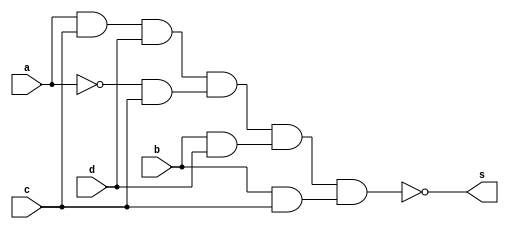
// Nome: Raphaela Fernanda Silva
// Matrcula: 420141

module simplQM ( s,a,b,c,d );

output s;
input a,b,c,d;
wire s1,s2,s3,s4,s5,s6,s7,s8,s9,s10;

nand NAND1 (s1,c,c);
nand NAND2 (s2,a,c,d);
nand NAND3 (s10,s2,s2);
nand NAND4 (s3,a,a);
nand NAND5 (s4,s3,c);
nand NAND6 (s5,s4,s4);
nand NAND7 (s6,b,d);
nand NAND8 (s7,s6,s6);
nand NAND9 (s8,b,c);
nand NAND10 (s9,s8,s8);
nand NAND11 (s,s10,s5,s7,s9);

endmodule

module testQM;
reg a,b,c,d;
wire s;

simplQM QM ( s,a,b,c,d );

initial begin:start
        a=0; b=0; c=0; d=0;
end

initial begin: main
#1 $display (" Exercicio 04 - Guia8 com porta NAND ");
#1 $display (" a   b   c   d  =   s ");
  $monitor (" %b   %b   %b   %b  =   %b ",a,b,c,d,s);
           #1 a=0;    b=0;   c=0;   d=1;
			  #1 a=0;    b=0;   c=1;   d=0;
			  #1 a=0;    b=0;   c=1;   d=1;
			  #1 a=0;    b=1;   c=0;   d=0;
			  #1 a=0;    b=1;   c=0;   d=1;
			  #1 a=0;    b=1;   c=1;   d=0;
			  #1 a=0;    b=1;   c=1;   d=1;
			  #1 a=1;    b=0;   c=0;   d=0;
			  #1 a=1;    b=0;   c=0;   d=1;
			  #1 a=1;    b=0;   c=1;   d=0;
			  #1 a=1;    b=0;   c=1;   d=1;
			  #1 a=1;    b=1;   c=0;   d=0;
			  #1 a=1;    b=1;   c=0;   d=1;
			  #1 a=1;    b=1;   c=1;   d=0;
			  #1 a=1;    b=1;   c=1;   d=1;
			  
			  
			  
end
endmodule